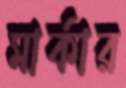
মার্কার